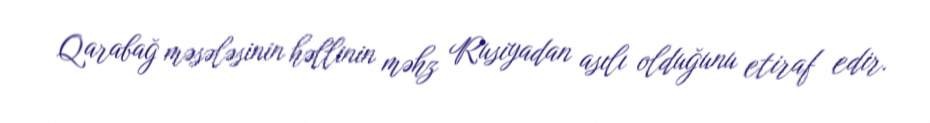
Qarabağ məsələsinin həllinin məhz Rusiyadan asılı olduğunu etiraf edir.